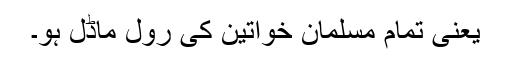
یعنی تمام مسلمان خواتین کی رول ماڈل ہو۔